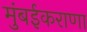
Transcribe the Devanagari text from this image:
मुंबईकराणा